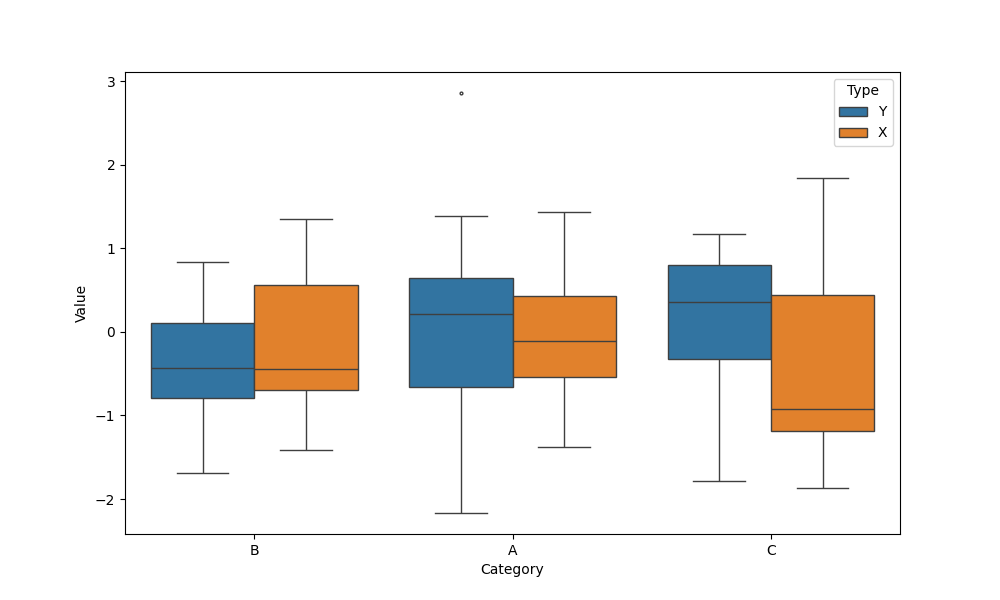
python, seaborn, boxplot, width=0.8, linewidth=1, fliersize=2, notch=False